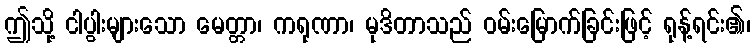
ဤသို့ ငါပွါးများသော မေတ္တာ၊ ကရုဏာ၊ မုဒိတာသည် ဝမ်းမြောက်ခြင်းဖြင့် ရုန့်ရင်း၏၊